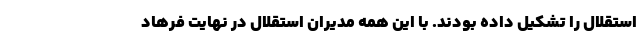
استقلال را تشکیل داده بودند. با این همه مدیران استقلال در نهایت فرهاد